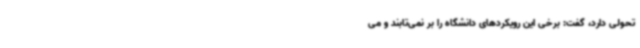
تحولی دارد، گفت: برخی این رویکردهای دانشگاه را بر نمی‌تابند و می‌